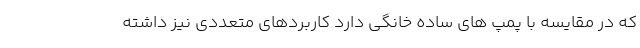
که در مقایسه با پمپ های ساده خانگی دارد کاربردهای متعددی نیز داشته